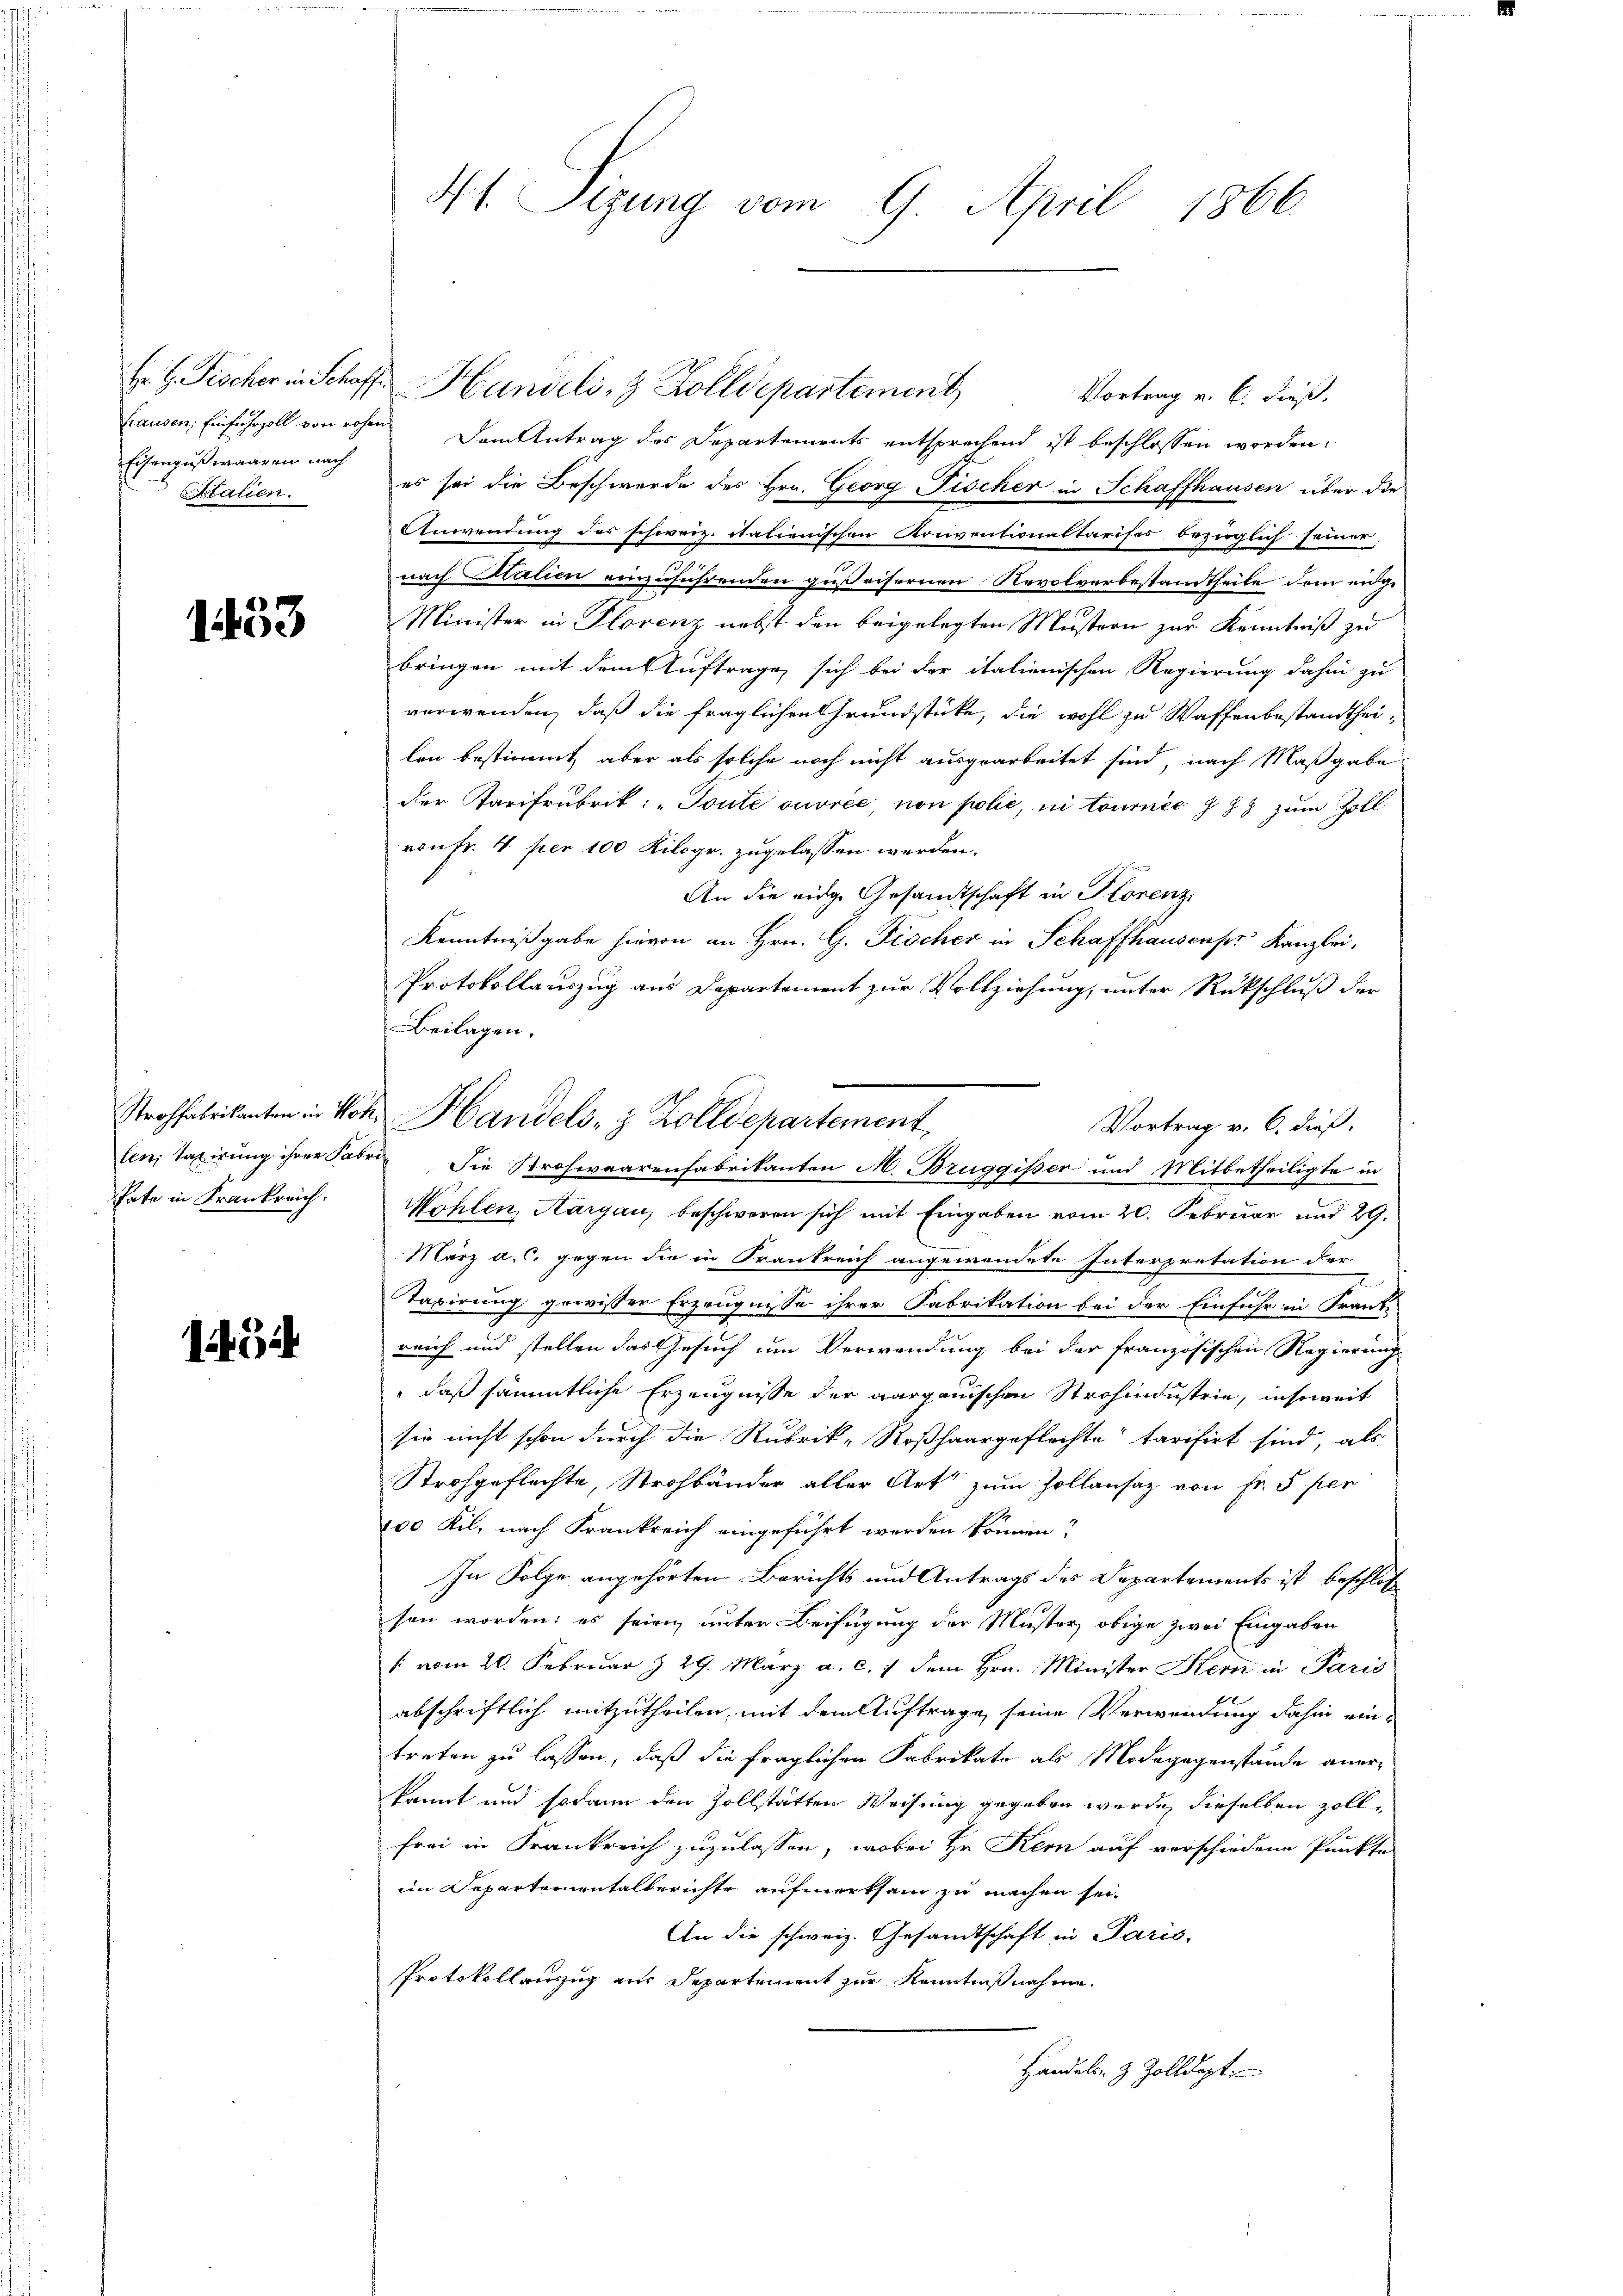
Eisengußwaaren nach
Stalien.

1433

Pate in Frankreich.

i

Fr. H. Fischer in Schaff Handeli, 3 Zolldepartement,
Vortrag v. 6. dieß.
hausen, Einfuhrzoll von rohen Dem Antrag des Departements entsprechend ist beschlossen worden.
es sei die Beschwerde des Hrn. Georg Fischer in Schaffhausen über die
Anwendung des schweiz. italienischen Konventionaltarises bezirglich seiner,
e
nach Halien einzuführenden gußeisernen Revolverbestandtheile dem ange¬
Minister in Plorenz nebst den beigelegten Mustern zur Kenntniß zu
bringen mit dem Auftrage sich bei der italienischen Regierung dahin zu
verwenden, daß die fraglichen Grundstücke, die wohl zu Waffenbestandtheilen bestimmt aber als solche noch nicht ausgearbeitet sind, nach Maßgabe
der Tarifrubrik: „Toute ouvrée, non polie, in tournee § 88 zum Zoll
vonFr. 4 per 100 Kilogr. zugelassen werden.
An die eidge Gesandtschaft in Horenz
Kenntnißgabe hievon an Hrn. G. Fischer in Schaffhausenpr Kanzlei,
Protokollauszug aus Departement zur Vollziehung, unter Rückschluß der
Beilagen.
Vortrag v. 6. dieß.
Mahlen, Aargau, beschweren sich mit Eingaben vom 20. Februar und 29.
März a. c. gegen die in Frankreich angewendete Interpretation der
Taxirung gewisser Erzeugnisse ihrer Fabrikation bei der Einfuhr in Frank
reich und stellen das Gesuch um Verwendung bei der französischen Regierungs
" daß sämmtliche Erzeugnisse der aargauischen Strohindustrie, insoweit
sie nicht schon durch die Rubrik-Roßhaargeflechte tarisirt sind, als
Strohgeflechte, Strohbänder aller Art zum Zollansaz von Fr. 5 per
100 Kil, nach Frankreich eingeführt worden können?
In Folge angehörten Berichts und Antrags des Departements ist beschloß
sen worden: es seien unter Beifügung der Muster, obige zwei Eingaben
/: vom 20. Februar Z. 29. März a. c. 7 dem Hrn. Minister Kern in Paris
abschriftlich mitzutheilen, mit dem Auftrage seine Verwendung dahin eintreten zu lassen, daß die fraglichen Fabrikate als Modegegenstände anerkannt und sodann den Zollstätten Weisung gegeben wurde, dieselben zoll-
frei in Frankreich zuzulassen, wobei Hr. Kern auf verschiedene Punkte
im Departementalberichte aufmerksam zu machen sei.
An die schweiz. Gesandtschaft in Paris,
Protokollenzug aus Departement zur Kenntnißnahme.
Handels- & Zolldept.

4t. Sizung vom 9. April 1866.

Strohfabrikanten in Sch. Handels- & Zolldepartement
len, Taxirung ihrer Fabri die Strohwaarenfabrikanten M. Bruggisser und Mitbetheiligte in